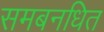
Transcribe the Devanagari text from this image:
समबनधित